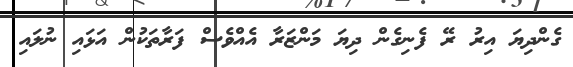
ގެންދިޔަ އިރު ރޭ ފެނިގެން ދިޔަ މަންޒަރާ އެއްވެސް ފަރާތަކުން އަޅައި ނުލައި